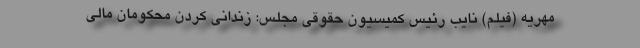
مهریه (فیلم) نایب رئیس کمیسیون حقوقی مجلس: زندانی کردن محکومان مالی